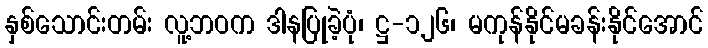
နှစ်သောင်းတမ်း လူ့ဘဝက ဒါနပြုခဲ့ပုံ၊ ဋ္ဌ-၁၂၆၊ မကုန်နိုင်မခန်းနိုင်အောင်